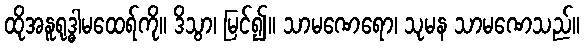
ထိုအနူရုဒ္ဓါမထေရ်ကို။ ဒိသွာ၊ မြင်၍။ သာမဏေရော၊ သုမန သာမဏေသည်။